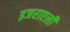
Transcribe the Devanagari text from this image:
इजराएली